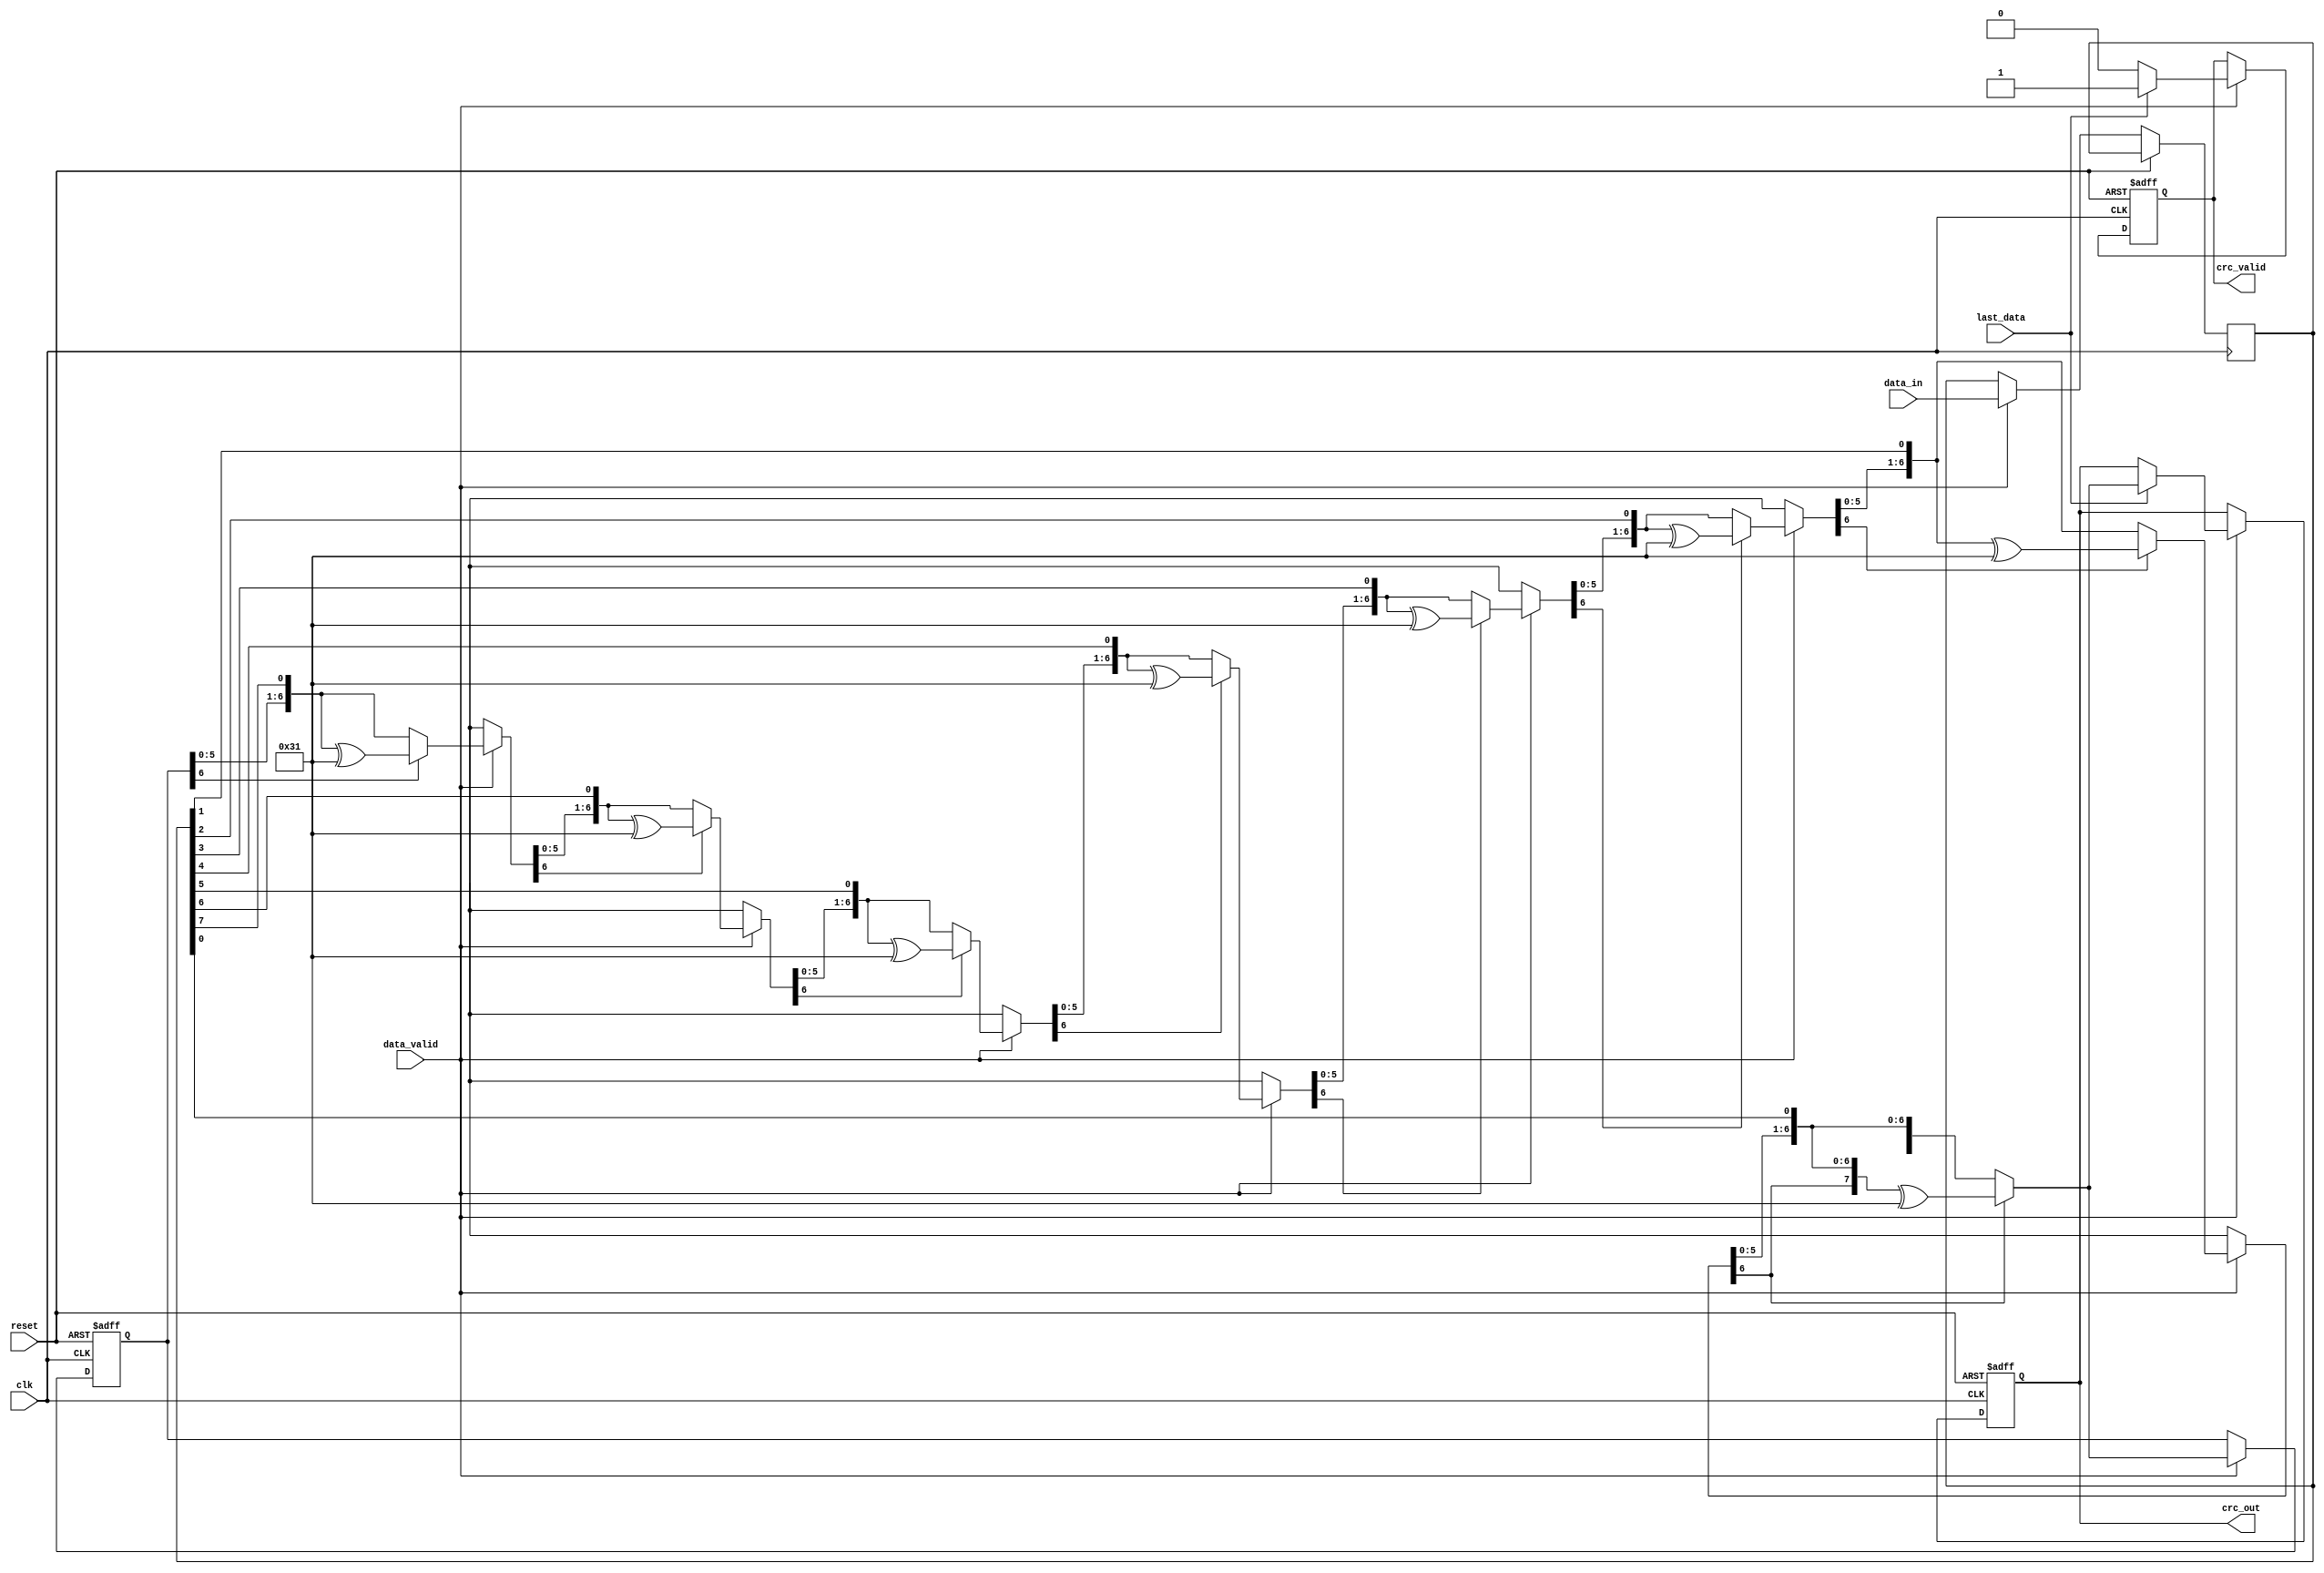
module parameterized_crc #(
    parameter DATA_WIDTH = 8,
    parameter CRC_WIDTH = 8,
    parameter POLYNOMIAL = 8'b100110001, // Example polynomial
    parameter INIT_VALUE = 8'b00000000,
    parameter REFLECT_INPUT = 1'b0,
    parameter REFLECT_OUTPUT = 1'b0
)(
    input wire clk,
    input wire reset,
    input wire [DATA_WIDTH-1:0] data_in,
    input wire data_valid,
    input wire last_data,
    output reg [CRC_WIDTH-1:0] crc_out,
    output reg crc_valid
);

    // Internal Signals
    reg [CRC_WIDTH-1:0] crc_reg;
    reg [DATA_WIDTH-1:0] data_buffer;
    integer bit_counter;
    
    // Input reflection function
    function [DATA_WIDTH-1:0] reflect_input;
        input [DATA_WIDTH-1:0] data;
        integer i;
        begin
            for(i = 0; i < DATA_WIDTH; i = i + 1) begin
                reflect_input[i] = data[DATA_WIDTH-i-1];
            end
        end
    endfunction

    // Output reflection function
    function [CRC_WIDTH-1:0] reflect_output;
        input [CRC_WIDTH-1:0] crc;
        integer i;
        begin
            for(i = 0; i < CRC_WIDTH; i = i + 1) begin
                reflect_output[i] = crc[CRC_WIDTH-i-1];
            end
        end
    endfunction

    // CRC calculation process
    always @(posedge clk or posedge reset) begin
        if (reset) begin
            crc_reg <= INIT_VALUE;
            crc_out <= 0;
            crc_valid <= 1'b0;
            bit_counter <= 0;
        end else if (data_valid) begin
            // Reflect input if needed
            data_buffer <= REFLECT_INPUT ? reflect_input(data_in) : data_in;

            // Process each bit of input data
            for (bit_counter = 0; bit_counter < DATA_WIDTH; bit_counter = bit_counter + 1) begin
                // Shift CRC register
                crc_reg = {crc_reg[CRC_WIDTH-2:0], data_buffer[DATA_WIDTH-1-bit_counter]};
                
                // Check if we need to XOR with the polynomial
                if (crc_reg[CRC_WIDTH-1]) begin
                    crc_reg = crc_reg ^ POLYNOMIAL;
                end
            end
            
            // If last data, prepare output
            if (last_data) begin
                crc_out <= REFLECT_OUTPUT ? reflect_output(crc_reg) : crc_reg;
                crc_valid <= 1'b1;
            end else begin
                crc_valid <= 1'b0;
            end
        end
    end

endmodule